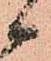
候